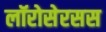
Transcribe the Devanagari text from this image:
लॉरोसेरसस